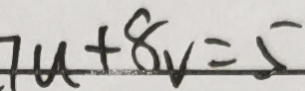
7 u + 8 v = 5